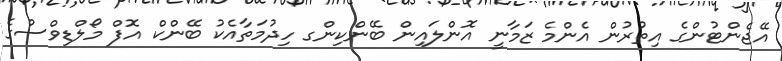
އޭޖެންޓުންގެ އިތުރުން އެންމެ ޒަމާނީ އޮންލައިން ބޭންކިންގ ހިދުމަތާއެކު ބޭންކް އޮފް މޯލްޑިވްސްގެ